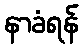
နာခံရန်